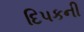
દિપકની